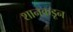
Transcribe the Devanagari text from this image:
शानकडून